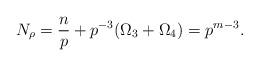
LaTeX: \begin{align*}N_{\rho}=\frac{n}{p}+p^{-3}( \Omega_3+\Omega_4)=p^{m-3}.\end{align*}